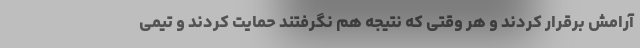
آرامش برقرار کردند و هر وقتی که نتیجه هم نگرفتند حمایت کردند و تیمی